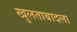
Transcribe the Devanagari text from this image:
खुलताबादला